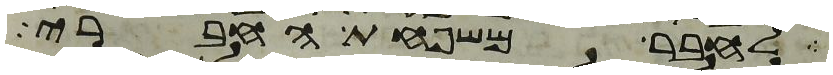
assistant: לחבר משפחת החברי